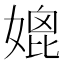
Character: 媲